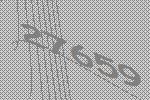
27659